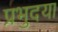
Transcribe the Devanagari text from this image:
प्रभुदया